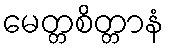
မေတ္တစိတ္တာနံ